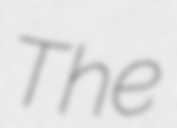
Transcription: The